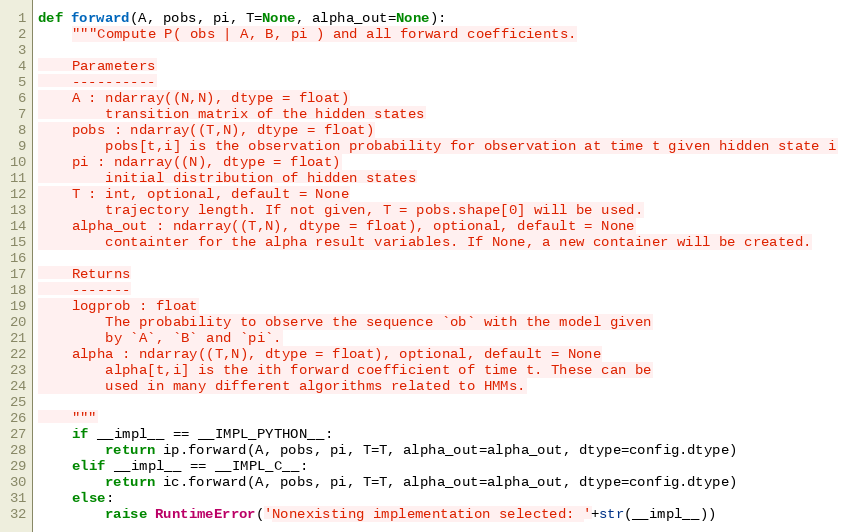
Language: Python
def forward(A, pobs, pi, T=None, alpha_out=None):
    """Compute P( obs | A, B, pi ) and all forward coefficients.

    Parameters
    ----------
    A : ndarray((N,N), dtype = float)
        transition matrix of the hidden states
    pobs : ndarray((T,N), dtype = float)
        pobs[t,i] is the observation probability for observation at time t given hidden state i
    pi : ndarray((N), dtype = float)
        initial distribution of hidden states
    T : int, optional, default = None
        trajectory length. If not given, T = pobs.shape[0] will be used.
    alpha_out : ndarray((T,N), dtype = float), optional, default = None
        containter for the alpha result variables. If None, a new container will be created.

    Returns
    -------
    logprob : float
        The probability to observe the sequence `ob` with the model given
        by `A`, `B` and `pi`.
    alpha : ndarray((T,N), dtype = float), optional, default = None
        alpha[t,i] is the ith forward coefficient of time t. These can be
        used in many different algorithms related to HMMs.

    """
    if __impl__ == __IMPL_PYTHON__:
        return ip.forward(A, pobs, pi, T=T, alpha_out=alpha_out, dtype=config.dtype)
    elif __impl__ == __IMPL_C__:
        return ic.forward(A, pobs, pi, T=T, alpha_out=alpha_out, dtype=config.dtype)
    else:
        raise RuntimeError('Nonexisting implementation selected: '+str(__impl__))